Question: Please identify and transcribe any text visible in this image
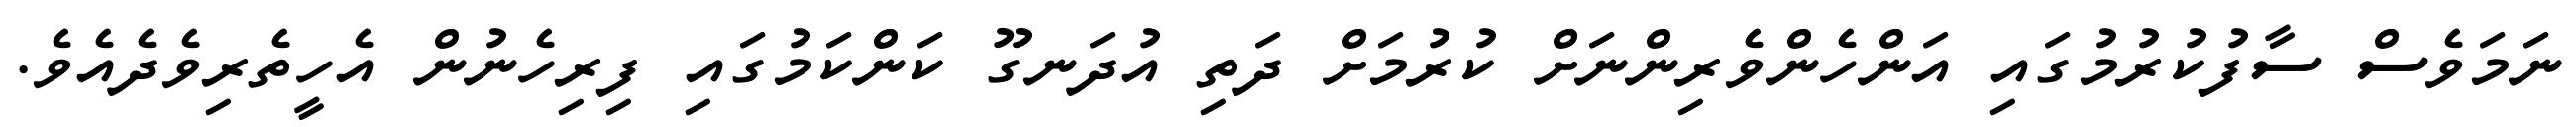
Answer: ނަމަވެސް ސާފުކުރުމުގައި އަންހެންވެރިންނަށް ކުރުމަށް ދަތި އުދަނގޫ ކަންކަމުގައި ފިރިހެނުން އެހީތެރިވެދެއެވެ.